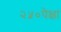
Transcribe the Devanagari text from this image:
२५०पेक्षा